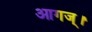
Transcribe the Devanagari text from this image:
आगज्।